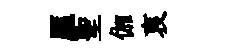
厔聖伽哀